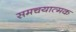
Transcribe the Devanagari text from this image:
समचयात्मक